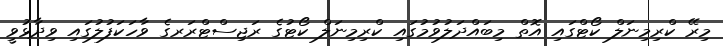
މިރޭ ކްރިމިނަލް ކޯޓްގައި އޮތް މިބައްދަލުވުމުގައި ކްރިމިނަލް ކޯޓުގެ ރަޖިސްޓްރަރގެ ވާހަކަފުލުގައި ވިދާޅުވީ